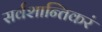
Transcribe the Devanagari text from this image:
सर्वशान्तिकरं